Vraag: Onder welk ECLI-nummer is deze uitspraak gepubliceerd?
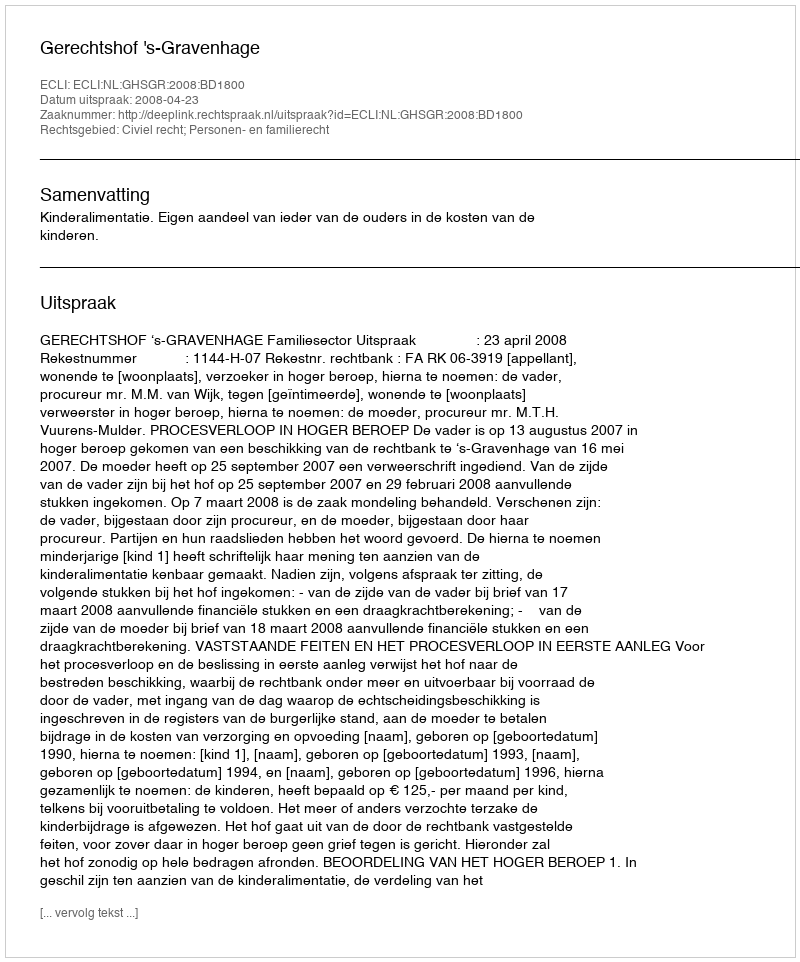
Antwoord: ECLI:NL:GHSGR:2008:BD1800